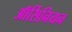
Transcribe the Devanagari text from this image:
ऑर्सिनियन